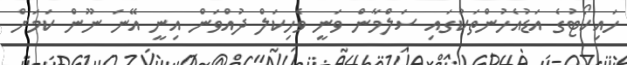
ހައިކޯޓުގެ އަޑުއެހުންތަކުގައި ސަލްމާން ވަނީ ވެހިކަލް ދުއްވަން އިނީ އޭނަ ނޫން ކަމަށް